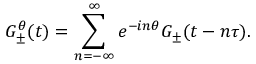
G _ { \pm } ^ { \theta } ( t ) = \sum _ { n = - \infty } ^ { \infty } e ^ { - i n \theta } G _ { \pm } ( t - n \tau ) .